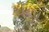
વળા